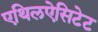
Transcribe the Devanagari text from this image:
एथिलऐसिटेट